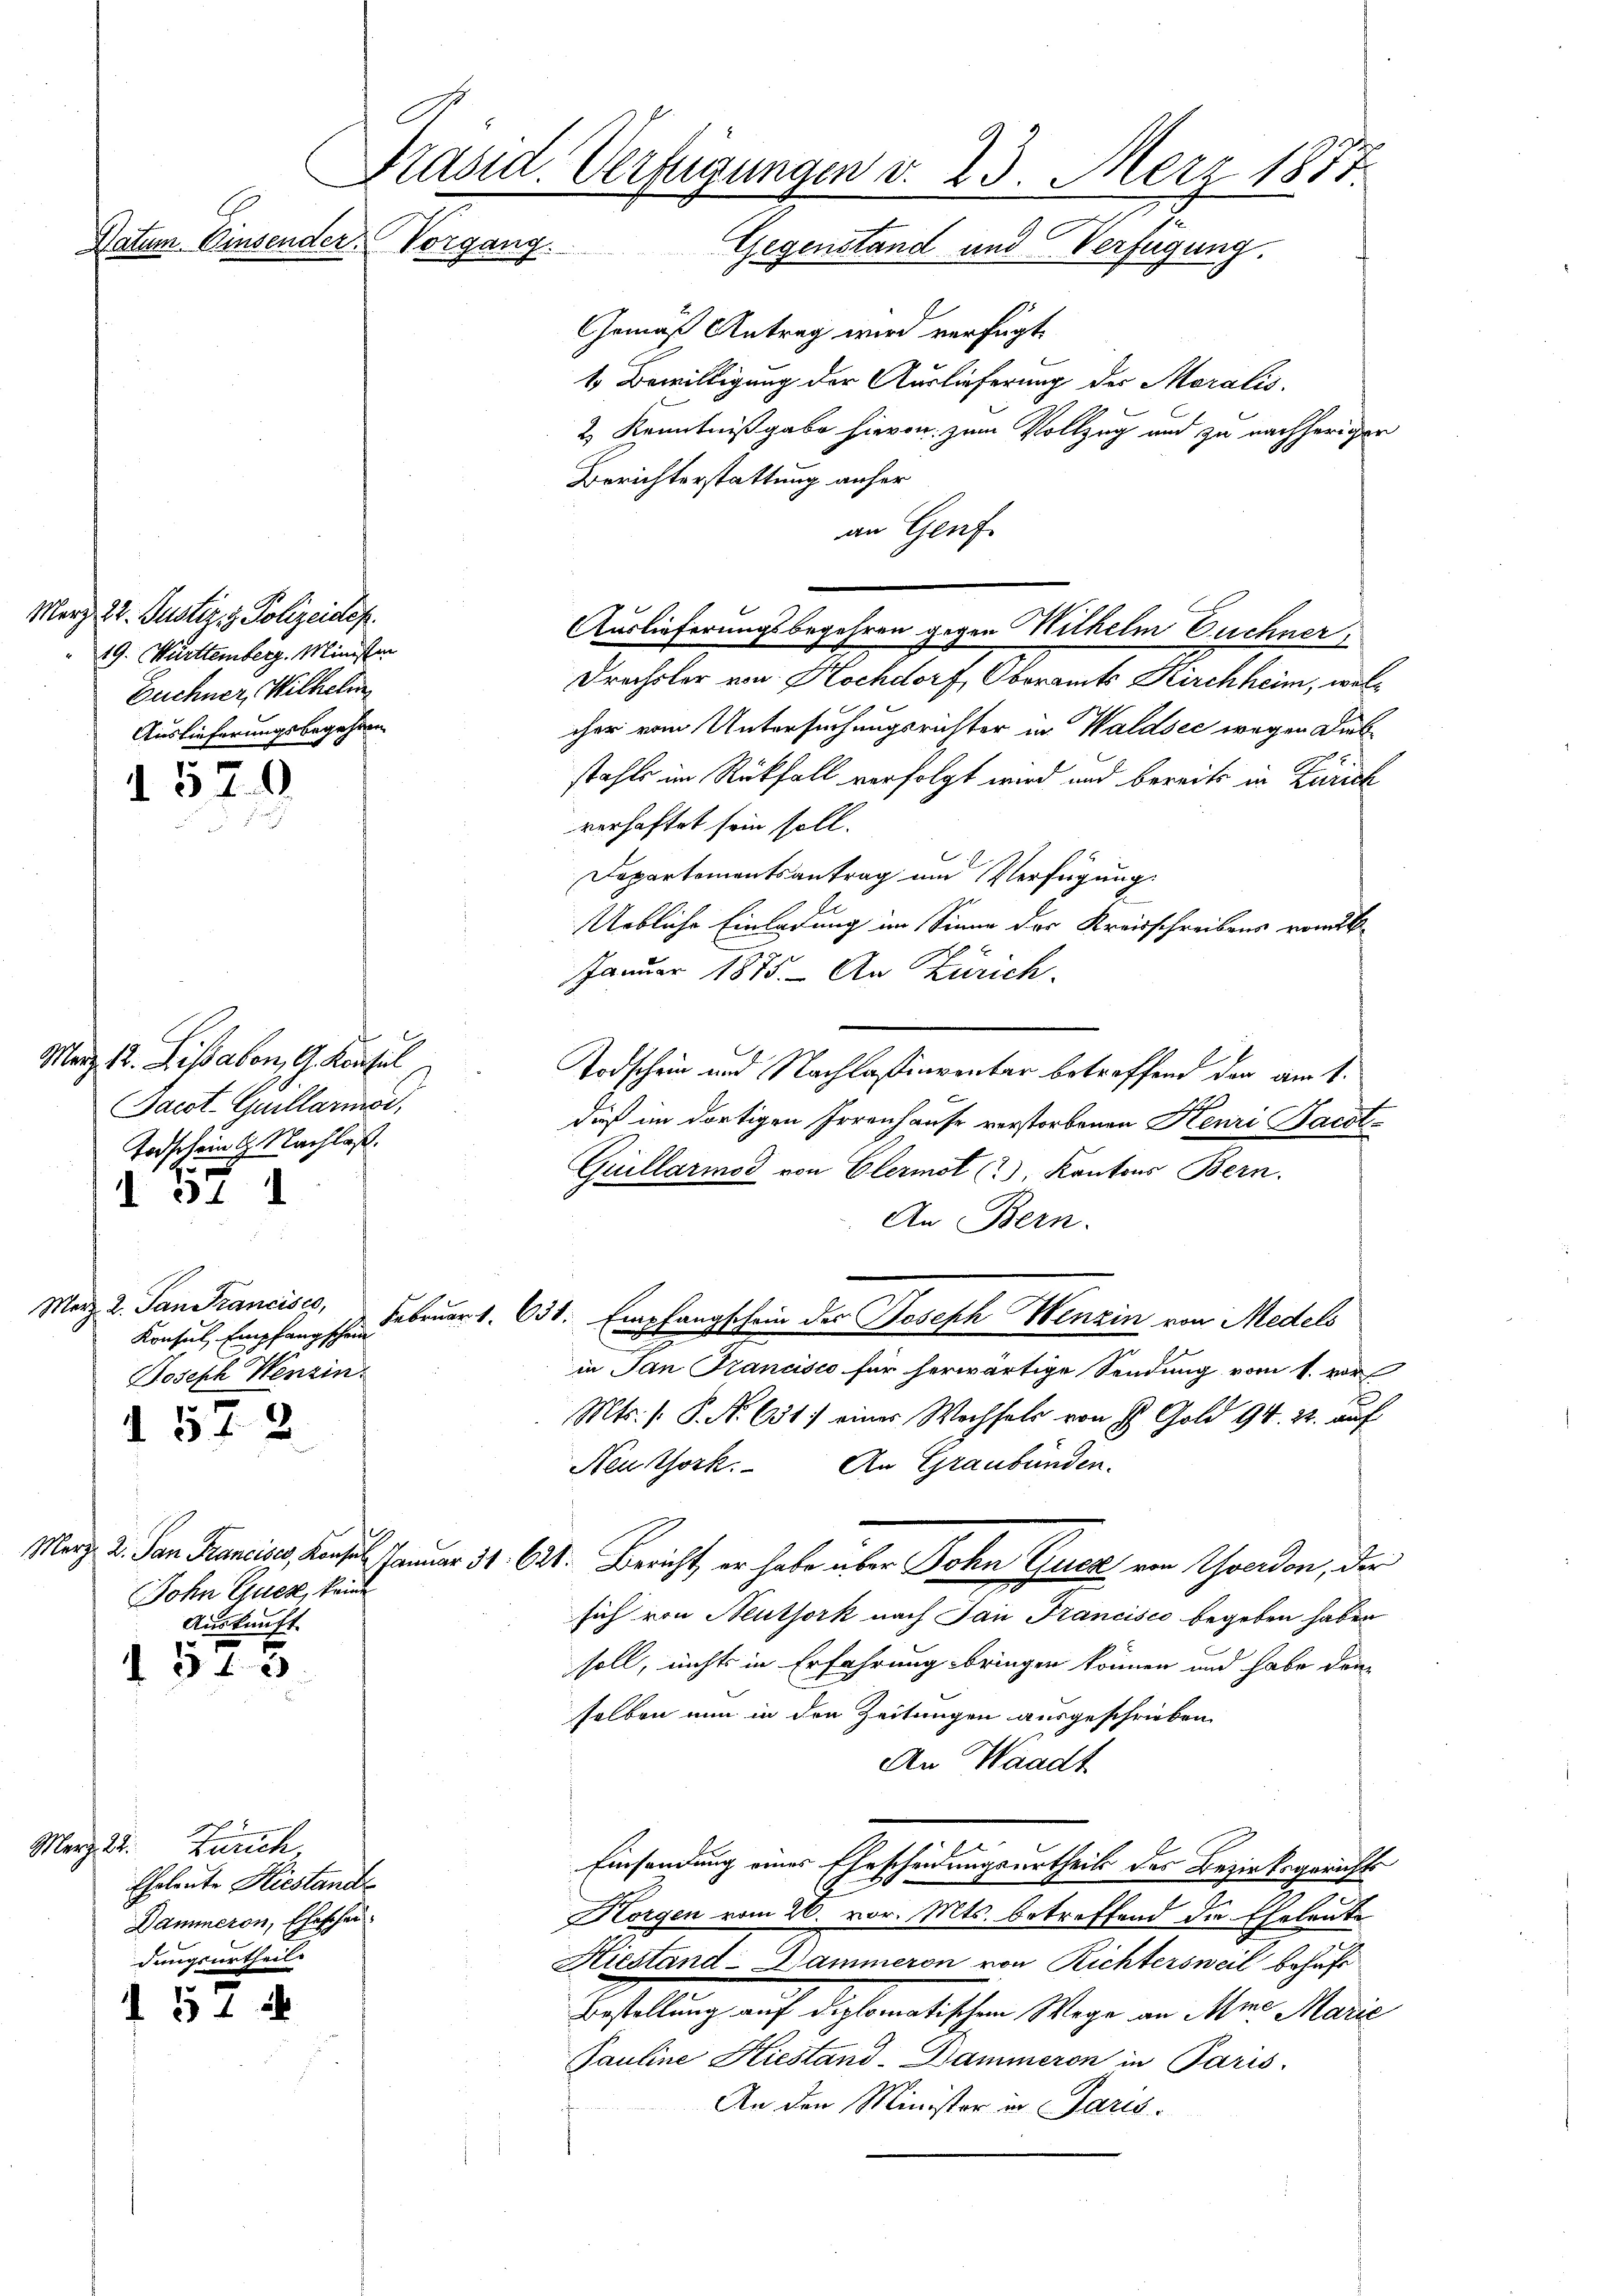
März 22. Justiz- & Polizeidep
19. Württemberg. Ministen
Euchner, Wilhelm
Auslieferungsbegehren

9
Marz. 12. Lissabon, G. Konsul
Bacot-Guillarmst,
Todschein G. Nachlaß.

Merz, 2. San Francisco,
Joseph Wenzin
2

¬

1579

34

Präsid. Verfügungen v. 23. März 1877
dtem Einsender. Vorgang.
Gegenstand und Verfügung.

57.

Dohn Guck, keine
Auskunft

5 f 3

Merz 22. Zürich
Eheleute Hiestande
Dammeron, Eheschei
dungsurtheil.

d 54

i

Gemäß Antrag wird verfügt.
1. Bewilligung der Auslieferung der Moralis
2 Kenntnißgabe hievon zum Vollzug und zu nachheriger
Berichterstattung anher
an Genf
Auslieferungsbegehren gegen Wilhelm Euchner,
Drechsler von Hochdorf, Oberamts Kirchheim, welcher vom Untersuchungsrichter in Waldsec wegen Diebstahls im Rückfall verfolgt wird und bereits in Zürich
verhaftet sein soll.
Departementsantrag und Verfügung
Uebliche Einladung im Sinne des Kreisschreibens vom 26.
Januar 1875. An Zürich.
Todschein und Nachlassinventar betreffend den am 1.
E
daß im dortigen Irrenhause verstorbenen Henri Jacot¬
Guillarmod von Elermot (), Kantons Bern.
An Bern.
Konsul Empfangsch. Februar 1. 631. Empfangschein des Joseph Wenzin von Medels
in Jan Francisco für herwärtige Sendung vom 1. vor
Mts. 1. P. Nr. 651) einer Wechsels von H. Gold 94. 22. auf
Neuthork. An Graubünden.
Marz. 2. San Franciss, densel Januar 31. 621. Bericht, er habe über John Euer von Yverdon, der
sich von Neuthork nach San Francisco begeben haben
soll, nichts in Erfahrung bringen können und habe den
selben nun in den Zeitungen ausgeschrieben
An Waadt
Einsendung eines Ehescheidungsurtheils des Bezirksgerichts
Horgen vom 26. vor. Mts. betreffend die Eheleute
Hieständ-Dammeron von Richtersweil behufs
Bestellung auf diplomatischem Wege an Mine Marie
Pauline Hiestand. Dammeren in Paris
An den Minister in Paris.